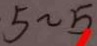
< - 5 \sim 5